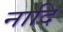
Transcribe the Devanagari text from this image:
नादि